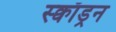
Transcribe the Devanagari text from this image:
स्क्वाॅड्रन